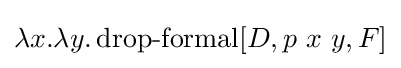
\lambda x.\lambda y.\operatorname {drop-formal} [D,p\ x\ y,F]